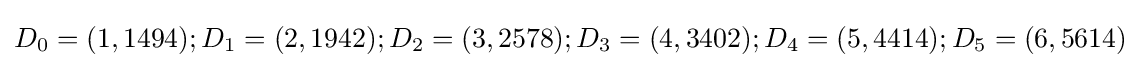
D_{0}=(1,1494);D_{1}=(2,1942);D_{2}=(3,2578);D_{3}=(4,3402);D_{4}=(5,4414);D_{5}=(6,5614)